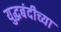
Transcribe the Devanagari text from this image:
युद्धबंदीच्या